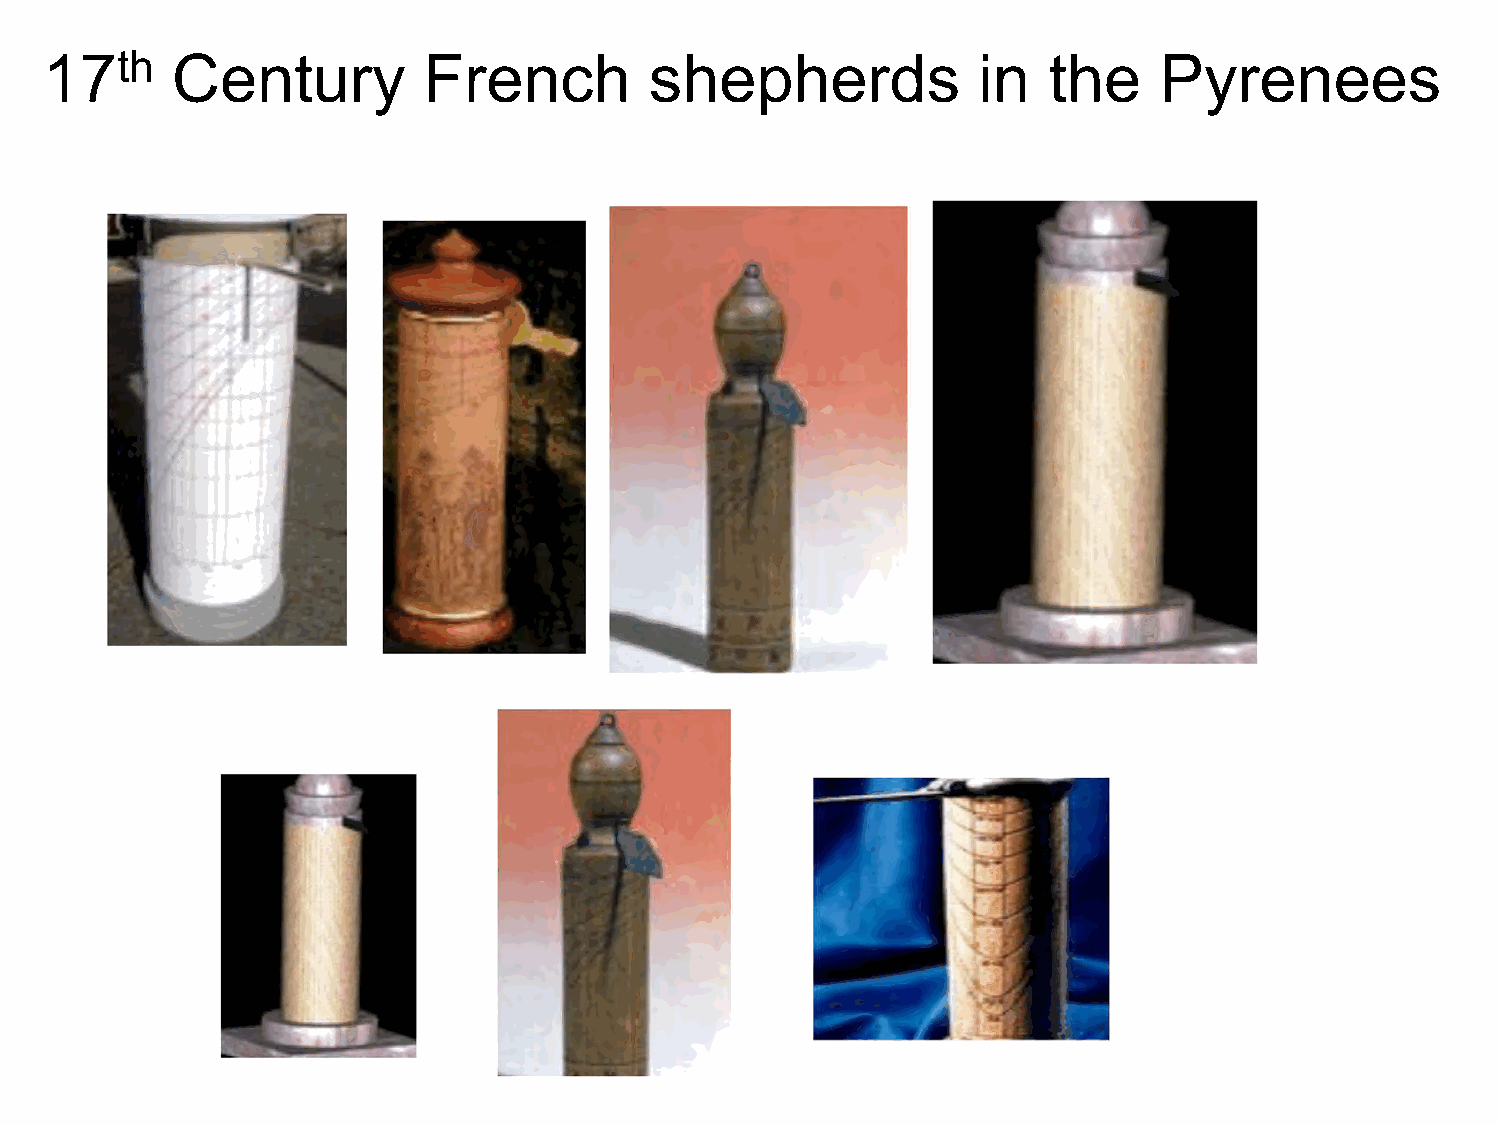
17th    Century          French         shepherds             in  the     Pyrenees